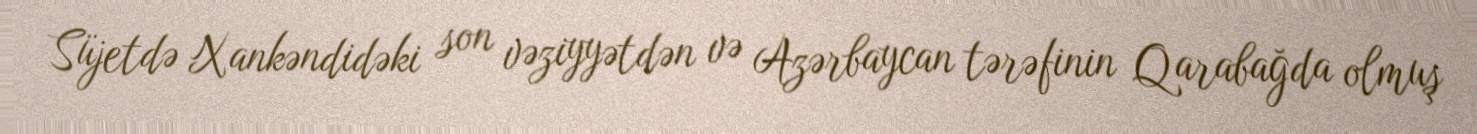
Süjetdə Xankəndidəki son vəziyyətdən və Azərbaycan tərəfinin Qarabağda olmuş